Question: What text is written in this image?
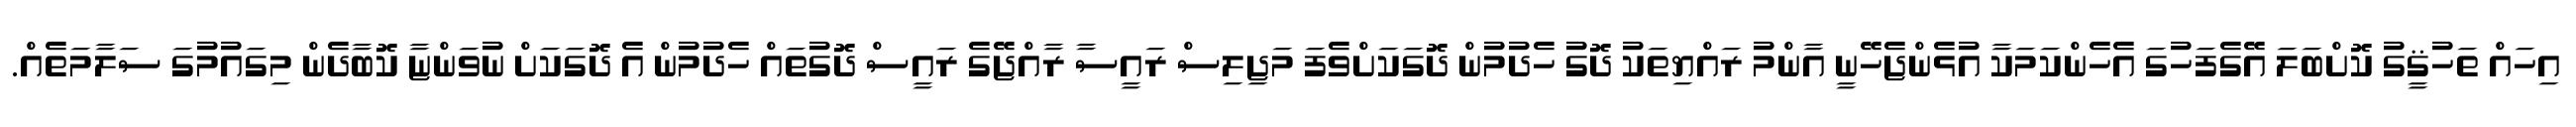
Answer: އިހައް ތަހުޤީގު ކޮށްބަލަ އޭގެފަހުގަ އެހެންކަމަކާ އުޅެންޖެހޭނީ އާންމު ރައްޔިތަކު ދޮގު ހެދުމުން ދޮގަކަށްވެފަ މަޖިލިސް ރައީސާ ރާއްޖޭގެ ރައީސް ދޮގުތައް ހެދުމުން އެ ދޮގަކަށް ނުވަންޏާ ކޮބާދެން މިގައުމުގަ ސަލާމަތެއް.